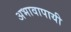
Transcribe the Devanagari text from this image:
अभावापायी